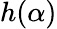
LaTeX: h(\alpha)